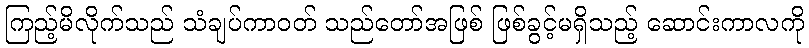
ကြည့်မိလိုက်သည် သံချပ်ကာဝတ် သည်တော်အဖြစ် ဖြစ်ခွင့်မရှိသည့် ဆောင်းကာလကို